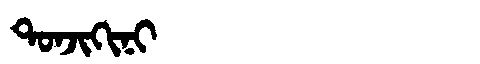
Manchu: ᡨᠣᠨᠵᡳᡴᡳᠨᡳ
Romanization: TONJIKINI